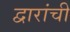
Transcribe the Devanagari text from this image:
द्वारांची